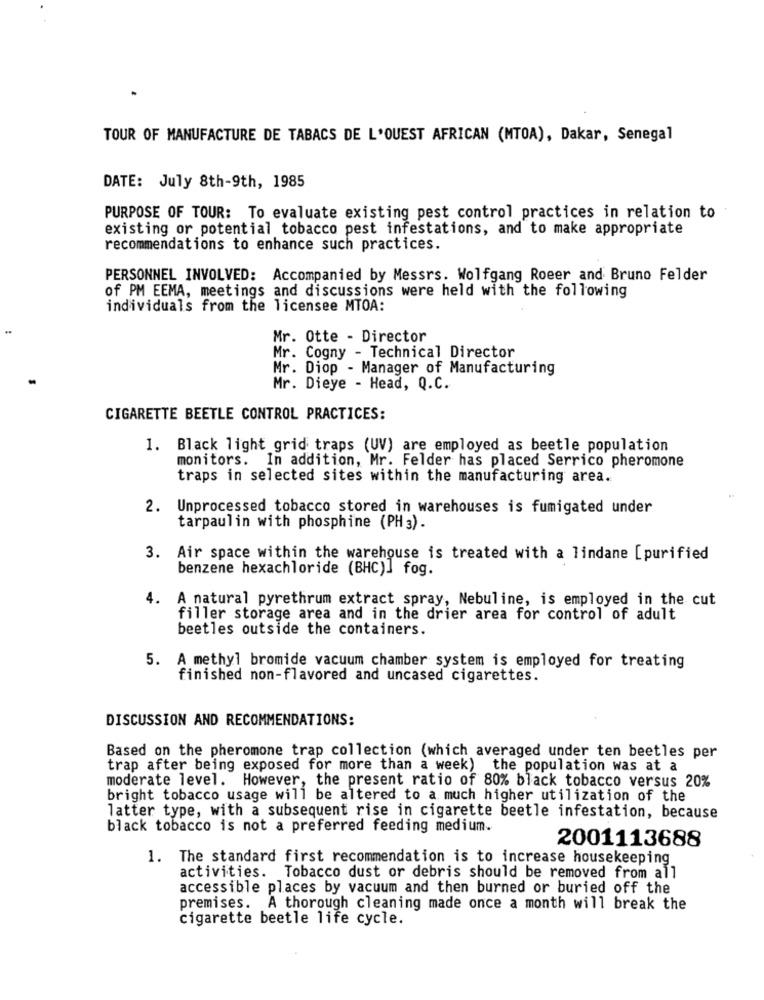
.
TOUR OF MANUFACTURE DE TABACS DE L'OUEST AFRICAN (MTOA), Dakar, Senegal
DATE: July 8th-9th, 1985
PURPOSE OF TOUR: To evaluate existing pest control practices in relation to
existing or potential tobacco pest infestations, and to make appropriate
recommendations to enhance such practices.
PERSONNEL INVOLVED: Accompanied by Messrs. Wolfgang Roeer and Bruno Felder
of PM EEMA, meetings and discussions were held with the following
individuals from the licensee MTOA:
Mr. Otte - Director
Mr. Cogny - Technical Director
Mr. Diop - Manager of Manufacturing
Mr. Dieye - Head, Q.C.
CIGARETTE BEETLE CONTROL PRACTICES:
1. Black light grid traps (UV) are employed as beetle population
monitors. In addition, Mr. Felder has placed Serrico pheromone
traps in selected sites within the manufacturing area.
2. Unprocessed tobacco stored in warehouses is fumigated under
tarpaulin with phosphine (PH 3).
3. Air space within the warehouse is treated with a lindane [purified
benzene hexachloride (BHC)] fog.
4.
A natural pyrethrum extract spray, Nebuline, is employed in the cut
filler storage area and in the drier area for control of adult
beetles outside the containers.
5. A methyl bromide vacuum chamber system is employed for treating
finished non-flavored and uncased cigarettes.
DISCUSSION AND RECOMMENDATIONS:
Based on the pheromone trap collection (which averaged under ten beetles per
trap after being exposed for more than a week) the population was at a
moderate level. However, the present ratio of 80% black tobacco versus 20%
bright tobacco usage will be altered to a much higher utilization of the
latter type, with a subsequent rise in cigarette beetle infestation, because
black tobacco is not a preferred feeding medium.
2001113688
1. The standard first recommendation is to increase housekeeping
activities. Tobacco dust or debris should be removed from all
accessible places by vacuum and then burned or buried off the
premises. A thorough cleaning made once a month will break the
cigarette beetle life cycle.